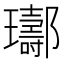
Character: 𨟢